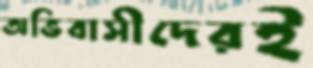
অভিবাসীদেরই